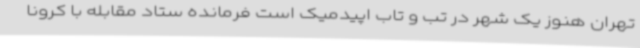
تهران هنوز یک شهر در تب و تاب اپیدمیک است فرمانده ستاد مقابله با کرونا